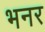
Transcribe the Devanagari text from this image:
भनर